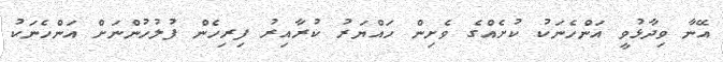
އޭނާ ވިދާޅުވީ އަންހެނަކު ކުށެއްގެ ވެށިން ހައްޔަރު ކުރާއިރު ފިރިހެން ފުލުހުންނަށް އަންހެނަކު